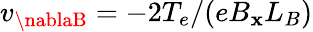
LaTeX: v_{\nablaB}=-2T_{e}/(eB_{\mathbf{x}}L_{B})